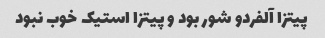
پیتزا آلفردو شور بود و پیتزا استیک خوب نبود